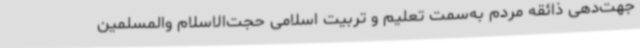
جهت‌دهی ذائقه مردم به‌سمت تعلیم و تربیت اسلامی حجت‌الاسلام والمسلمین